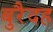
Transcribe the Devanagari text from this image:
बुरैदह